Calcutta medical institutions reports 1879-81 [i.e.91]
Year: 1879
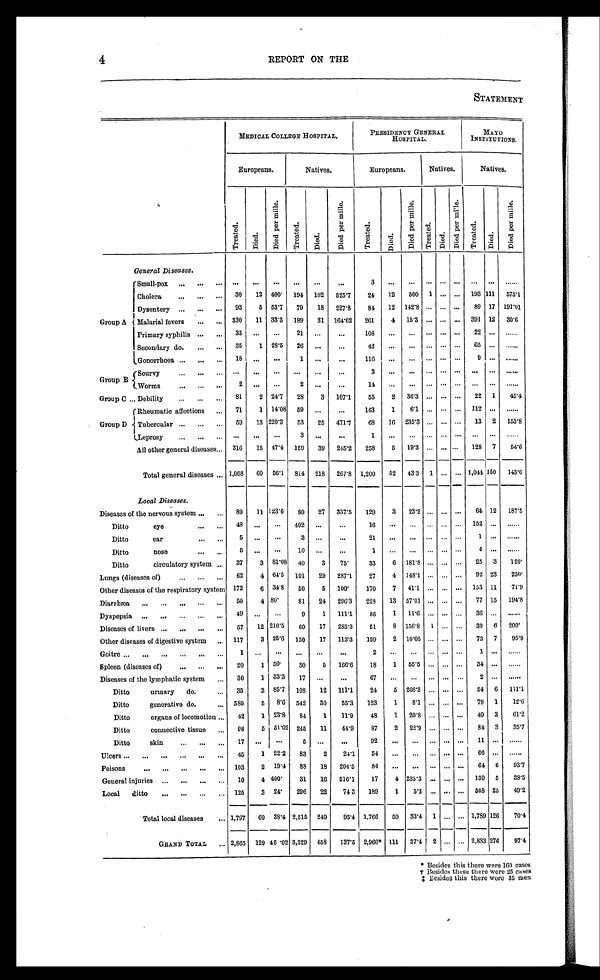
4
REPORT ON THE
STATEMENT
MEDICAL COLLEGE HOSPITAL.
PRESIDENCY GENERAL
HOSPITAL.
MAYO
INSTITUTIONS.
Europeans.
Natives.
Europeans.
Natives.
Natives.
T r e a t e d .
D i e d .
D i e d p e r m i l l e .
T r e a t e d .
D i e d .
D i e d p e r m i l l e .
T r e a t e d .
D i e d .
D i e d p e r m i l l e .
T r e a t e d .
D i e d .
D i e d p e r m i l l e .
T r e a t e d .
D i e d .
D i e d p e r m i l l e .
General Diseases.
Group A
Small-pox . . .
. . .
. . .
. . .
. . .
. . .
. . .
3
. . .
. . .
. . .
. . .. . .
. . .
. . . . . .
Cholera . . .
30
12 400
194
102
525.7
24
12
500
1
. . . . . . 193 111
575.1
Dysentery . . .
93
5
53.7
79
18
227.8
84
12
142.8
. . .
. . . . . .
89 17 191.01
Malarial fevers . . .
330
11
33.3
189
31
164.02
261
4
15.3
. . .
. . . . . . 391 12
30.6
Primary syphilis . . .
33
. . .
. . .
21
. . .
. . .
108
. . .
. . .
. . .
. . .. . .
2 2
. . .
. . .
Secondary do. . . .
35
1 28.5
26
. . .
. . .
42
. . .
. . .
. . .
. . .. . .
6 5
. . . . . .
G o n o r r h o e a . . .
18
. . .
. . .
1
. . .
. . .
1 1 6
. . .
. . .
. . .
. . .. . .
9
. . . . . .
Group B
Scurvy . . .
. . .
. . .
. . .
. . .
. . .
. . .
3
. . .
. . .
. . .
. . .. . .
. . .
. . . . . .
Worms . . .
2
. . .
. . .
2
. . .
. . .
14
. . .
. . .
. . .
. . . . . .
. . .
. . .
. . .
Group C . . . Debility . . .
81
2 24.7
28
3
107.1
55
2
36.3
. . .
. . . . . .
22
1
45.4
Group D
Rheumatic affections . . .
71
1
14.08
5 9
. . .
. . .
163
1
6.1
. . .
. . . . . .
112
. . .
. . .
Tubercular . . .
59
13 220.3
53
25
471.7
68
16
235.3
. . .
. . . . . .
13
2
153.8
Leprosy . . .
. . .
. . .
. . .
3
. . .
. . .
1
. . .
. . .
. . .
. . .. . .
. . .
. . . . . .
All other general diseases . . . 316
15 47.4
159
39
245.2
258
5
19.3
. . .
. . . . . .
128
7
54.6
Total general diseases . . . 1,068
60
56.1
814
218
267.8 1,200
52
43.3
1
. . . . . .
1,044 150
143.6
Local Diseases.
Diseases of the nervous system . . .
89
11 123.6
80
27
337.5
129
3
23.2
. . .
. . .
64 12
187.5
Ditto
eye . . .
48
. . .
. . .
402
. . .
. . .
16
. . .
. . .
. . .
. . . . . .
152
. . .
. . .
Ditto
ear . . .
5
. . .
. . .
3
. . .
. . .
2 1
. . .
. . .
. . .
. . .. . .
1
. . . . . .
Ditto
nose . . .
5
. . .
. . .
1 0
. . .
. . .
1
. . .
. . .
. . .
. . . . . .
4
. . . . . .
Ditto
circulatory system . . .
37
3
81.08
40
3
75
33
6
181.8
. . .
. . . . . .
25
3
120
Lungs (diseases of) . . .
62
4 64.5
101
29
287.1
27
4
148.1
. . .
. . . . . .
92 23
250
Other diseases of the respiratory system
172
6 34.8
50
5
100
170
7
41.1
. . .
. . . . . . 153 11
71.9
Diarrhæa . . .
50
4 80
81
24
296.3
228
13
57.01
. . .
. . . . . .
77 15
194.8
Dyspepsia . . .
49
. . .
. . .
9
1
111.1
86
1
11.6
. . .
. . . . . .
36
. . .
. . .
Diseases of livers . . .
57
12 210.5
60
17
283.3
51
8
156.8
1
. . . . . .
30
6
200
Other diseases of digestive system . . . 117
3 25.6
150
17
113.3
199
2
10.05
. . .
. . . . . .
73
7
95.9
Goitre . . .
1
. . .
. . .
. . .
. . .
. . .
2
. . .
. . .
. . .
. . .. . .
1
. . . . . .
Spleen (diseases of) . . .
20
1
50
30
5
166.6
18
1
55.5
. . .
. . . . . .
34
. . .
. . .
Diseases of the lymphatic system . . .
30
1 33.3
17
. . .
. . .
6 7
. . .
. . .
. . .
. . .. . .
2
. . . . . .
Ditto
urinary
do. . . .
35
3 85.7
108
12
111.1
24
5
208.3
. . .
. . . . . .
54
6
111.1
Ditto
generative do. . . . 580
5
8.6
542
30
55.3
123
1
8.1
. . .
. . . . . .
79
1
12.6
Ditto
organs of locomotion . . .
42
1 23.8
84
1
11.9
48
1
20.8
. . .
. . . . . .
49
3
61.2
Ditto
connective tissue . . .
98
5 51.02 245
11
44.9
87
2
22.9
. . .
. . . . . .
84
3
35.7
Ditto
skin . . .
17
. . .
. . .
5
. . .
. . .
9 2
. . .
. . .
. . .
. . .. . .
1 1
. . .
. . .
Ulcers . . .
45
1
22.2
83
2
24.1
54
. . .
. . .
. . .
. . . . . .
66
. . .
. . .
P o i s o n s . . .
103
2
19.4
88
18
204.5
84
. . .
. . .
. . .
. . . . . .
64 6
93.7
General injuries . . .
10
4 400
31
16
516.1
17
4 235.3
. . .
. . . . . . 130
5
38.5
Local
ditto . . . 125
3
24
296
22
743
189
1
5.3
. . .
. . . . . . 508 25
49.2
Total local diseases . . . 1,797
69 38.4 2,515
240
95.4 1,766
59
33.4
1
. . .
. . . 1,789 126
70.4
GRAND TOTAL . . . 2,865
129 45.02 3,329
458
137.5 2,966* 111
37.4
2
. . . . . . 2,833 276
97.4
* Besides this there were 160 cases
† Besides these there were 25 cases
‡Besides this there were 35 men